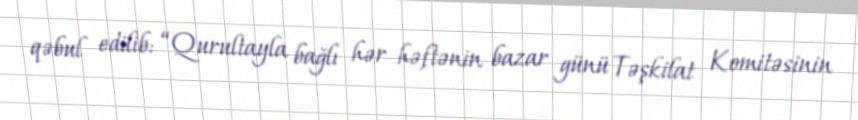
qəbul edilib: “Qurultayla bağlı hər həftənin bazar günü Təşkilat Komitəsinin